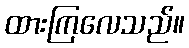
ထားကြလေသည်။